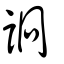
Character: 詗